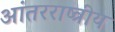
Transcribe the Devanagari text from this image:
आंतरराष्त्रीय